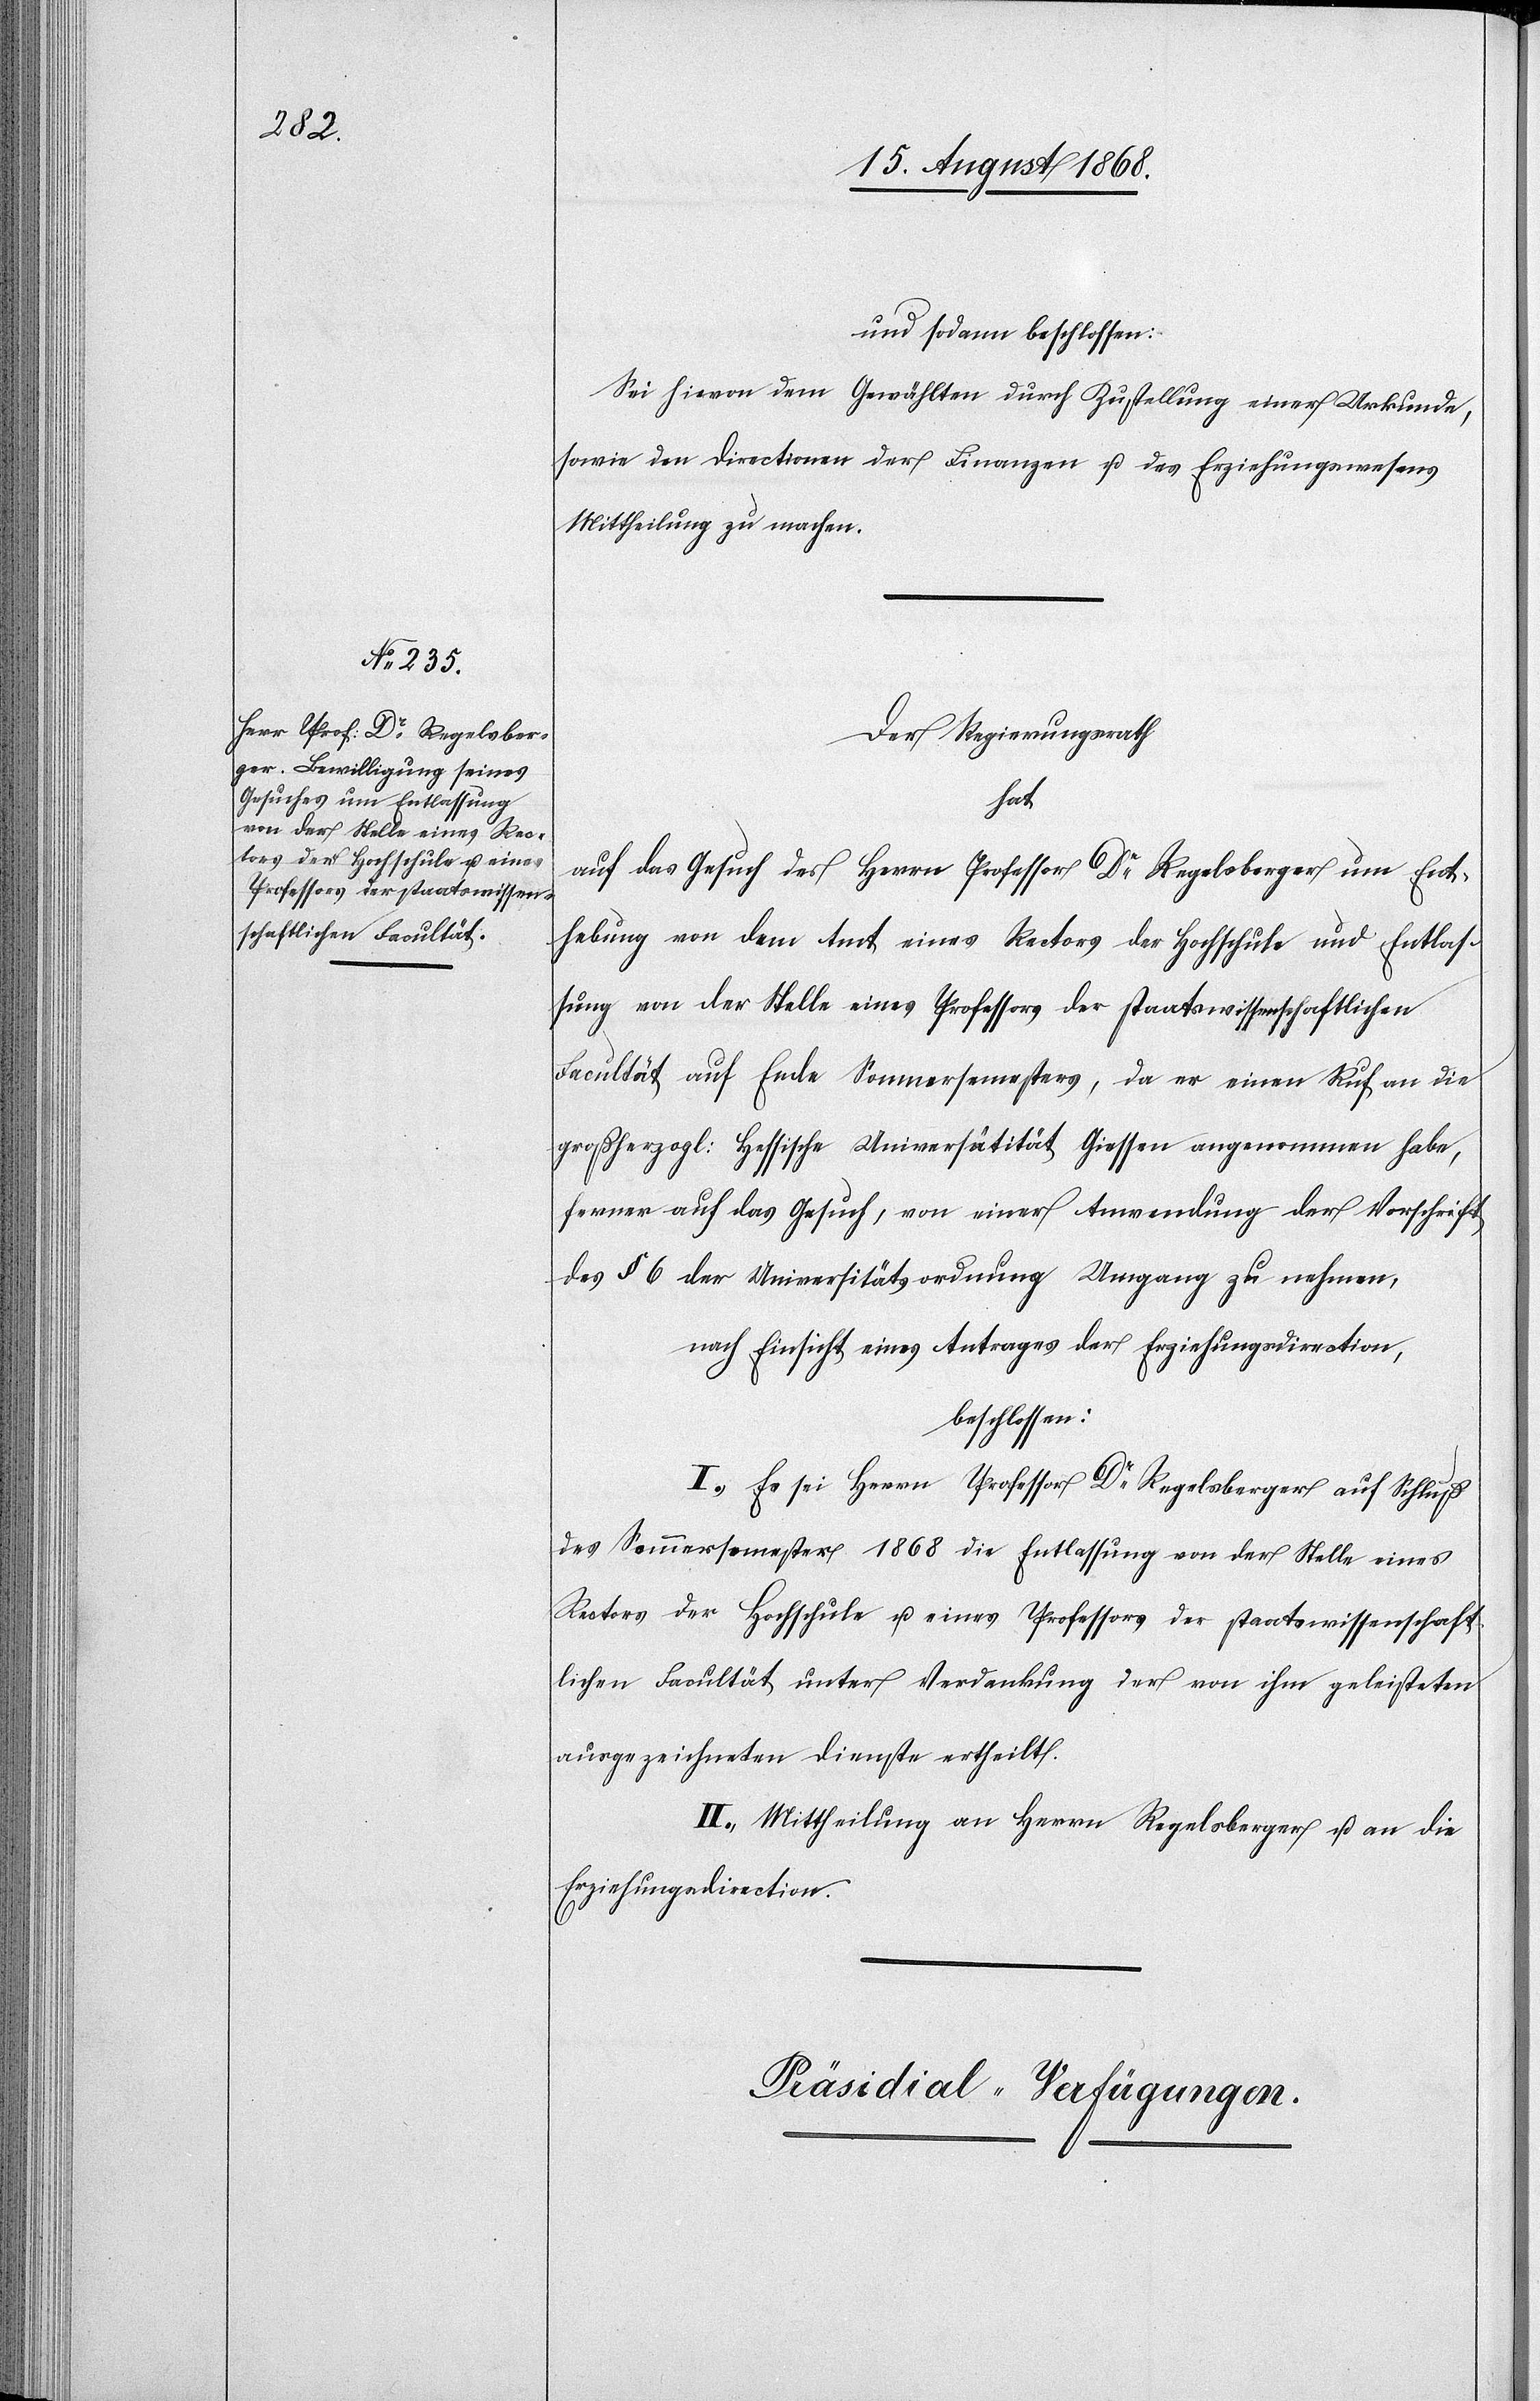
ssen

und sodann beschlossen:
Sei hievon dem Gewählten durch Zustellung einer Urkunde,
sowie den Directionen der Finanzen u. des Erziehungswesens
Mittheilung zu machen.
Der Regierungsrath
habe,
auf das Gesuch des Herrn Professor Dr Regelsberger um Ent¬
hebung von dem Amt eines Rectors der Hochschule und Entlas¬
sung von der Stelle eines Professors der staatswissenschaftlichen
Facultät auf Ende Sommersemesters, da er einen Ruf an die
großherzogl: Hessische Universätität [recte: Universität] Gie¬
ferner auf das Gesuch, von einer Anwendung der Vorschrift
des § 6 der Universitätsordnung Umgang zu nehmen,
nach Einsicht eines Antrages der Erziehungsdirection,
beschlossen:
I.) Es sei Herrn Professor Dr Regelsberger auf Schluß
des Sommersemester 1868 die Entlassung von der Stelle eines
Rectors der Hochschule u. eines Professors der staatswissenschaft¬
lichen Facultät unter Verdankung der von ihm geleisteten
ausgezeichneten Dienste ertheilt.
II.) Mittheilung an Herrn Regelsberger u. an die
Erziehungsdirection.
Präsidial-Verfügungen.